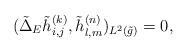
LaTeX: \begin{align*} (\tilde{\Delta}_E\tilde{h}_{i,j}^{(k)},\tilde{h}_{l,m}^{(n)})_{L^2(\tilde{g})}=0, \end{align*}